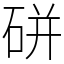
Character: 硑